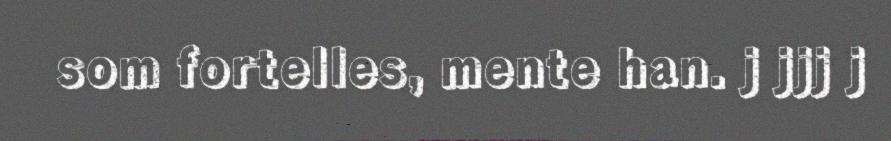
som fortelles, mente han. j jjj j